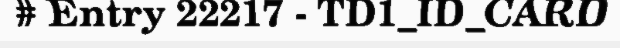
# Entry 22217 - TD1_ID_CARD